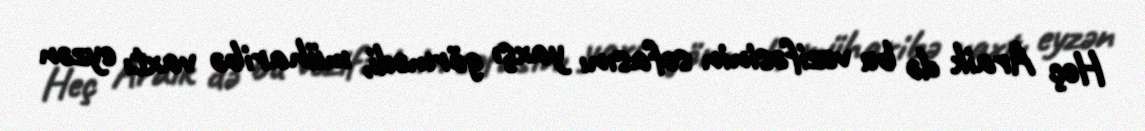
Heç Araik də bu vəzifəsinin səfasını yaxşı görmədi, müharibə vaxtı eyzən